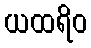
ယထရိဝ